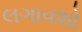
લગાવશો